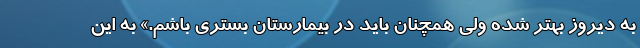
به دیروز بهتر شده ولی همچنان باید در بیمارستان بستری باشم.» به این